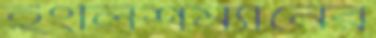
ইংলিশম্যানের